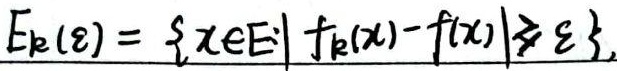
\(E_{k}(\varepsilon)=\{x\in E\mid |f_{k}(x)-f(x)|\geqslant\varepsilon\}\)